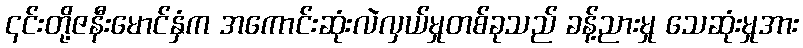
၎င်းတို့ဇနီးမောင်နှံက အကောင်းဆုံးလဲလှယ်မှုတစ်ခုသည် ခန့်ညားမှု သေဆုံးမှုအား